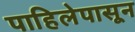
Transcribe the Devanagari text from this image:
पाहिलेपासून